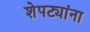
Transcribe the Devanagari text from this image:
शेपट्यांना